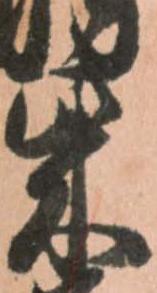
柴